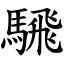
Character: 騛